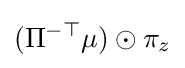
(\Pi ^{-\top }\mu )\odot \pi _{z}